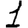
Digit: 1